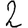
Digit: 2